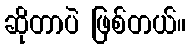
ဆိုတာပဲ ဖြစ်တယ်။